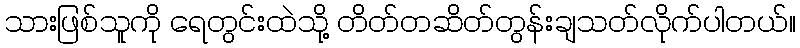
သားဖြစ်သူကို ရေတွင်းထဲသို့ တိတ်တဆိတ်တွန်းချသတ်လိုက်ပါတယ်။